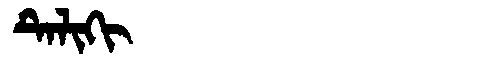
Manchu: ᡨᡝᠯᡳᡴᡳ
Romanization: TELIKI